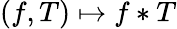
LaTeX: (f,T)\mapsto f*T